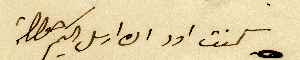
كنت اود ان ارسل اليكم حوالة